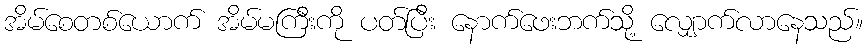
အိမ်စေတစ်ယောက် အိမ်မကြီးကို ပတ်ပြီး နောက်ဖေးဘက်သို့ လျှောက်လာနေသည်။